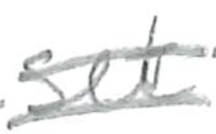
Text: settled
Cross-out: double-line
Writing tool: pencil